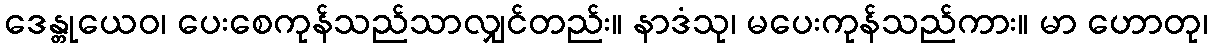
ဒေန္တုယေဝ၊ ပေးစေကုန်သည်သာလျှင်တည်း။ နာဒံသု၊ မပေးကုန်သည်ကား။ မာ ဟောတု၊